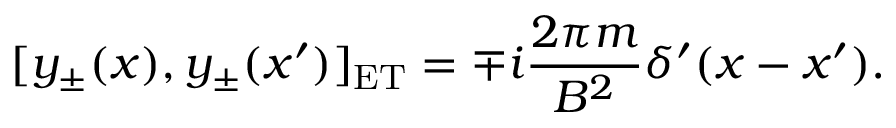
[ y _ { \pm } ( x ) , y _ { \pm } ( x ^ { \prime } ) ] _ { \mathrm { E T } } = \mp i { \frac { 2 \pi m } { B ^ { 2 } } } \delta ^ { \prime } ( x - x ^ { \prime } ) .